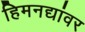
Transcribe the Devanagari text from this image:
हिमनद्यांवर